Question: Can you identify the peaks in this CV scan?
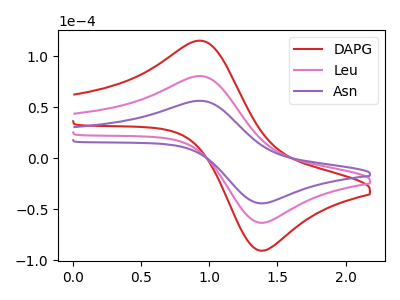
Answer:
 <answer>The red curve "DAPG" has an anodic peak at (0.95V, 161.00uA) and a cathodic peak at (1.40V, -126.90uA). The pink curve "Leu" has an anodic peak at (0.95V, 80.50uA) and a cathodic peak at (1.40V, -63.45uA). The purple curve "Asn" has an anodic peak at (0.95V, 56.25uA) and a cathodic peak at (1.40V, -44.35uA).</answer>
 <eval></eval>